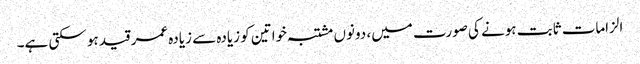
الزامات ثابت ہونے کی صورت میں، دونوں مشتبہ خواتین کو زیادہ سے زیادہ عمر قید ہو سکتی ہے۔